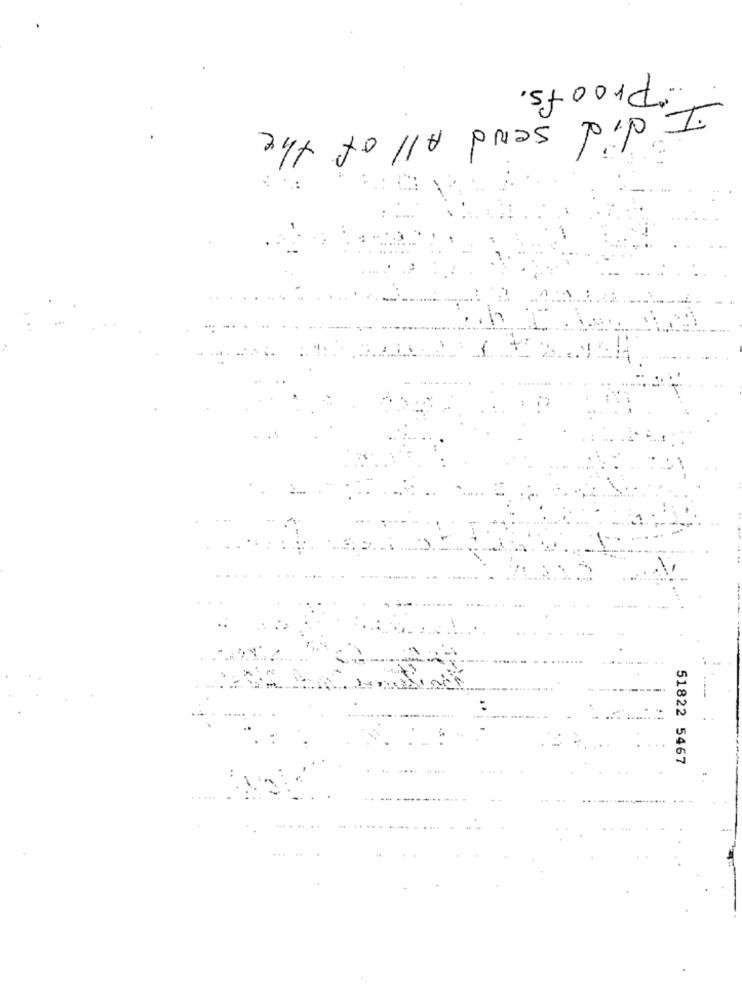
Proofs.
I did send All of the
51822 5467